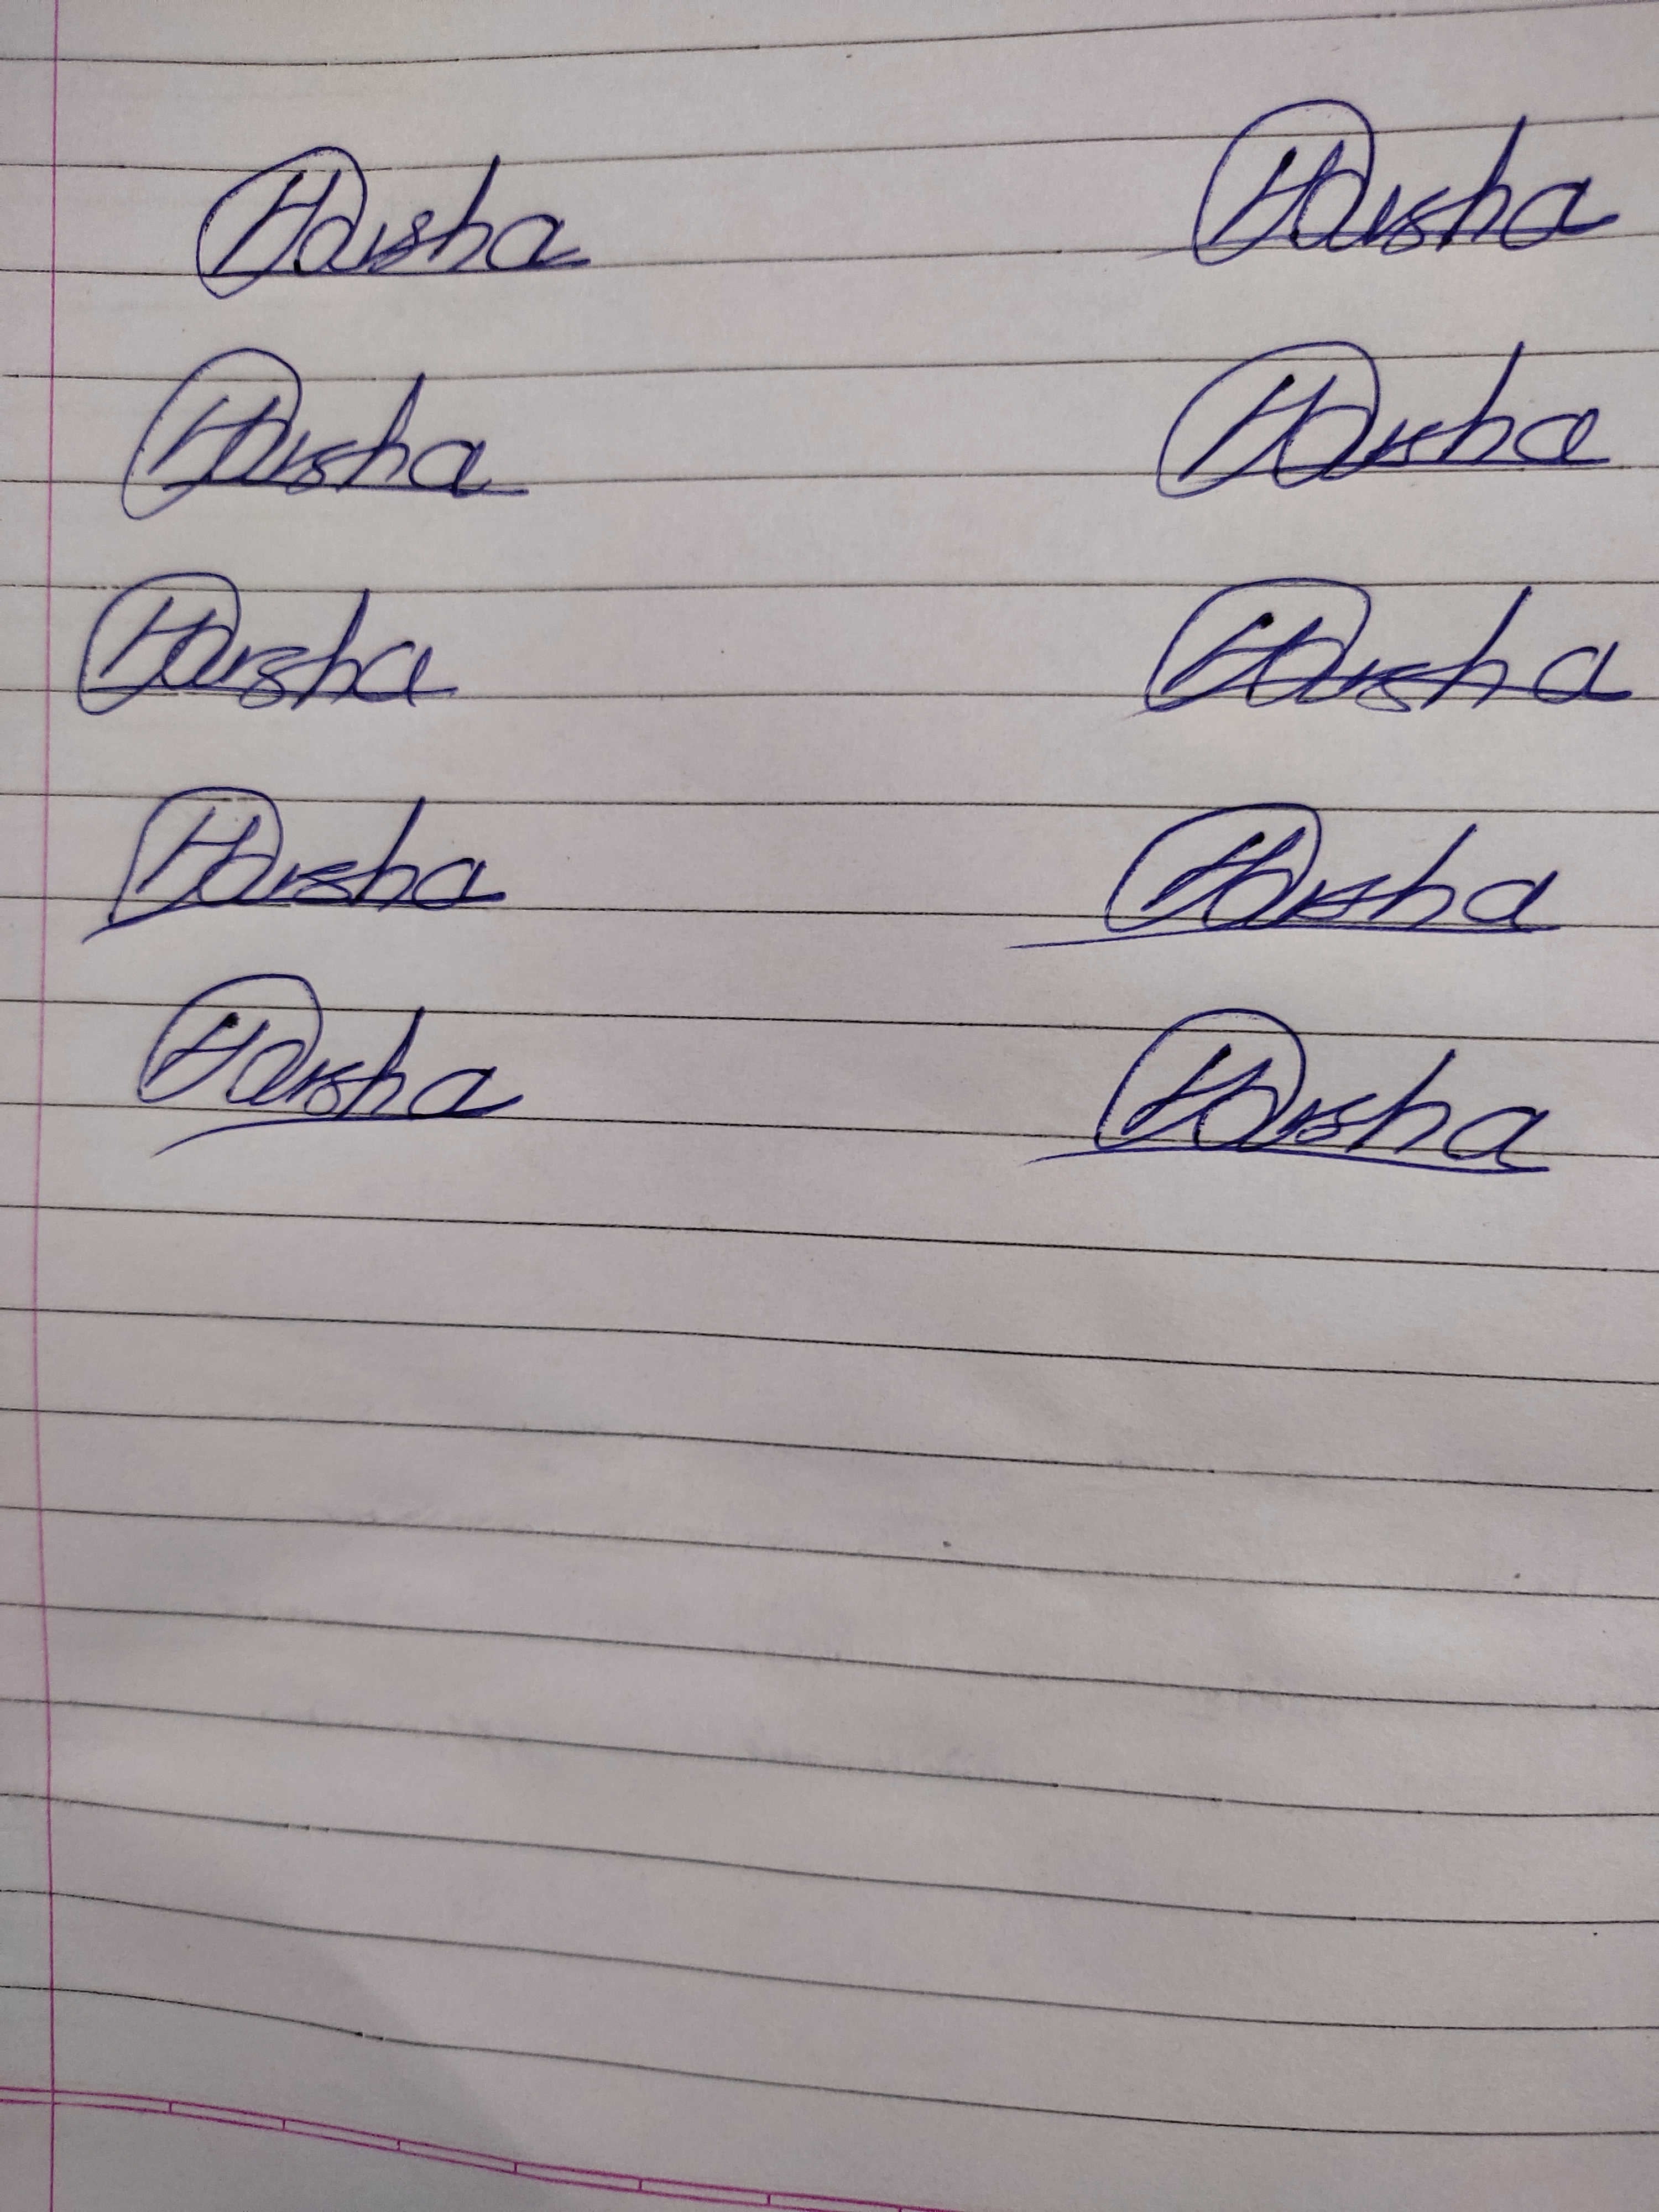
Signature authenticity: genuine